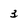
Character: 3